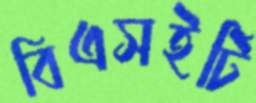
বিএসইটি